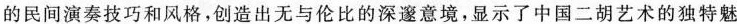
的民间演奏技巧和风格，创造出无与伦比的深邃意境，显示了中国二胡艺术的独特魅